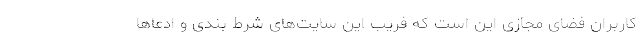
کاربران فضای مجازی این است که فریب این سایت‌های شرط بندی و ادعاها